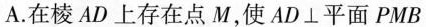
A.在棱AD上存在点M，使AD \bot 平面PMB